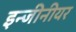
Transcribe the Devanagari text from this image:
इन्जीनीयर